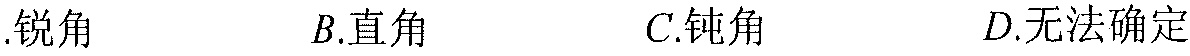
.锐角  \(B.\)直角  \(C.\)钝角  \(D.\)无法确定